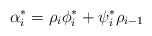
\begin{align*}\alpha^*_i=\rho_i \phi^*_i+\psi^*_i\rho_{i-1}\end{align*}